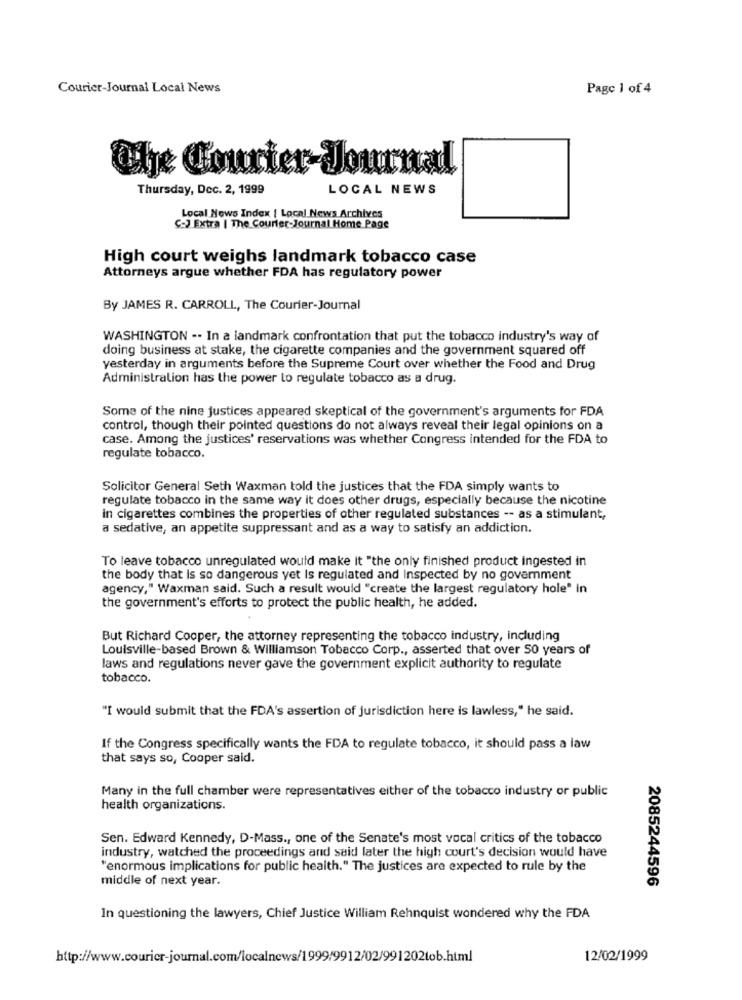
Courier-Journal Local News
Page 1 of 4
Thursday, Dec. 2, 1999
LOCAL NEWS
Local News Index | Local News Archives
C-J Extra | The Courier-Journal Home Page
High court weighs landmark tobacco case
Attorneys argue whether FDA has regulatory power
By JAMES R. CARROLL, The Courier-Journal
WASHINGTON -. In a landmark confrontation that put the tobacco industry's way of
doing business at stake, the cigarette companies and the government squared off
yesterday in arguments before the Supreme Court over whether the Food and Drug
Administration has the power to regulate tobacco as a drug.
Some of the nine justices appeared skeptical of the government's arguments for FDA
control, though their pointed questions do not always reveal their legal opinions on a
case. Among the justices' reservations was whether Congress intended for the FDA to
regulate tobacco.
Solicitor General Seth Waxman told the justices that the FDA simply wants to
regulate tobacco in the same way it does other drugs, especially because the nicotine
in cigarettes combines the properties of other regulated substances -- as a stimulant,
a sedative, an appetite suppressant and as a way to satisfy an addiction.
To leave tobacco unregulated would make it "the only finished product ingested in
the body that Is so dangerous yet Is regulated and Inspected by no government
agency," Waxman said. Such a result would "create the largest regulatory hole" in
the government's efforts to protect the public health, he added.
But Richard Cooper, the attorney representing the tobacco industry, including
Louisville-based Brown & Williamson Tobacco Corp ., asserted that over 50 years of
laws and regulations never gave the government explicit authority to regulate
tobacco.
"I would submit that the FDA's assertion of jurisdiction here is lawless," he said.
If the Congress specifically wants the FDA to regulate tobacco, it should pass a law
that says so, Cooper said.
Many in the full chamber were representatives either of the tobacco industry or public
health organizations.
Sen. Edward Kennedy, D-Mass ., one of the Senate's most vocal critics of the tobacco
industry, watched the proceedings and said later the high court's decision would have
"enormous implications for public health." The justices are expected to rule by the
middle of next year.
2085244596
In questioning the lawyers, Chief Justice William Rehnquist wondered why the FDA
http://www.courier-journal.com/localnews/1999/9912/02/991202tob.html
12/02/1999